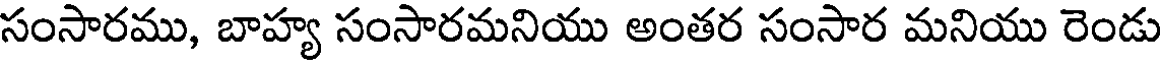
సంసారము, బాహ్య సంసారమనియు అంతర సంసార మనియు రెండు